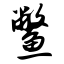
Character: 鳖